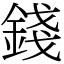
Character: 錢